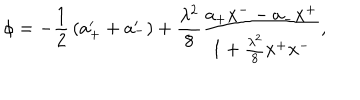
\phi = - { \frac { 1 } { 2 } } \left( a _ { + } ^ { \prime } + a _ { - } ^ { \prime } \right) + { \frac { \lambda ^ { 2 } } { 8 } } { \frac { a _ { + } x ^ { -- } a _ { - } x ^ { + } } { 1 + { \frac { \lambda ^ { 2 } } { 8 } } x ^ { + } x ^ { - } } } ,